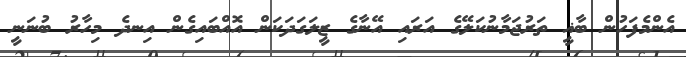
އެންމެފަހުން ބާޣީ ތަރުޖަމާނުކަލޭގެ އަރައި އޭނާގެ ޒީލަގަދަކަން އޮއްބައިގެން އިނދެ މިހާރު ބުނަނީ